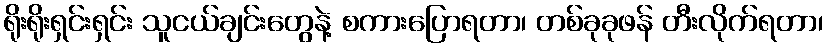
ရိုးရိုးရှင်းရှင်း သူငယ်ချင်းတွေနဲ့ စကားပြောရတာ၊ တစ်ခုခုဖန် တီးလိုက်ရတာ၊